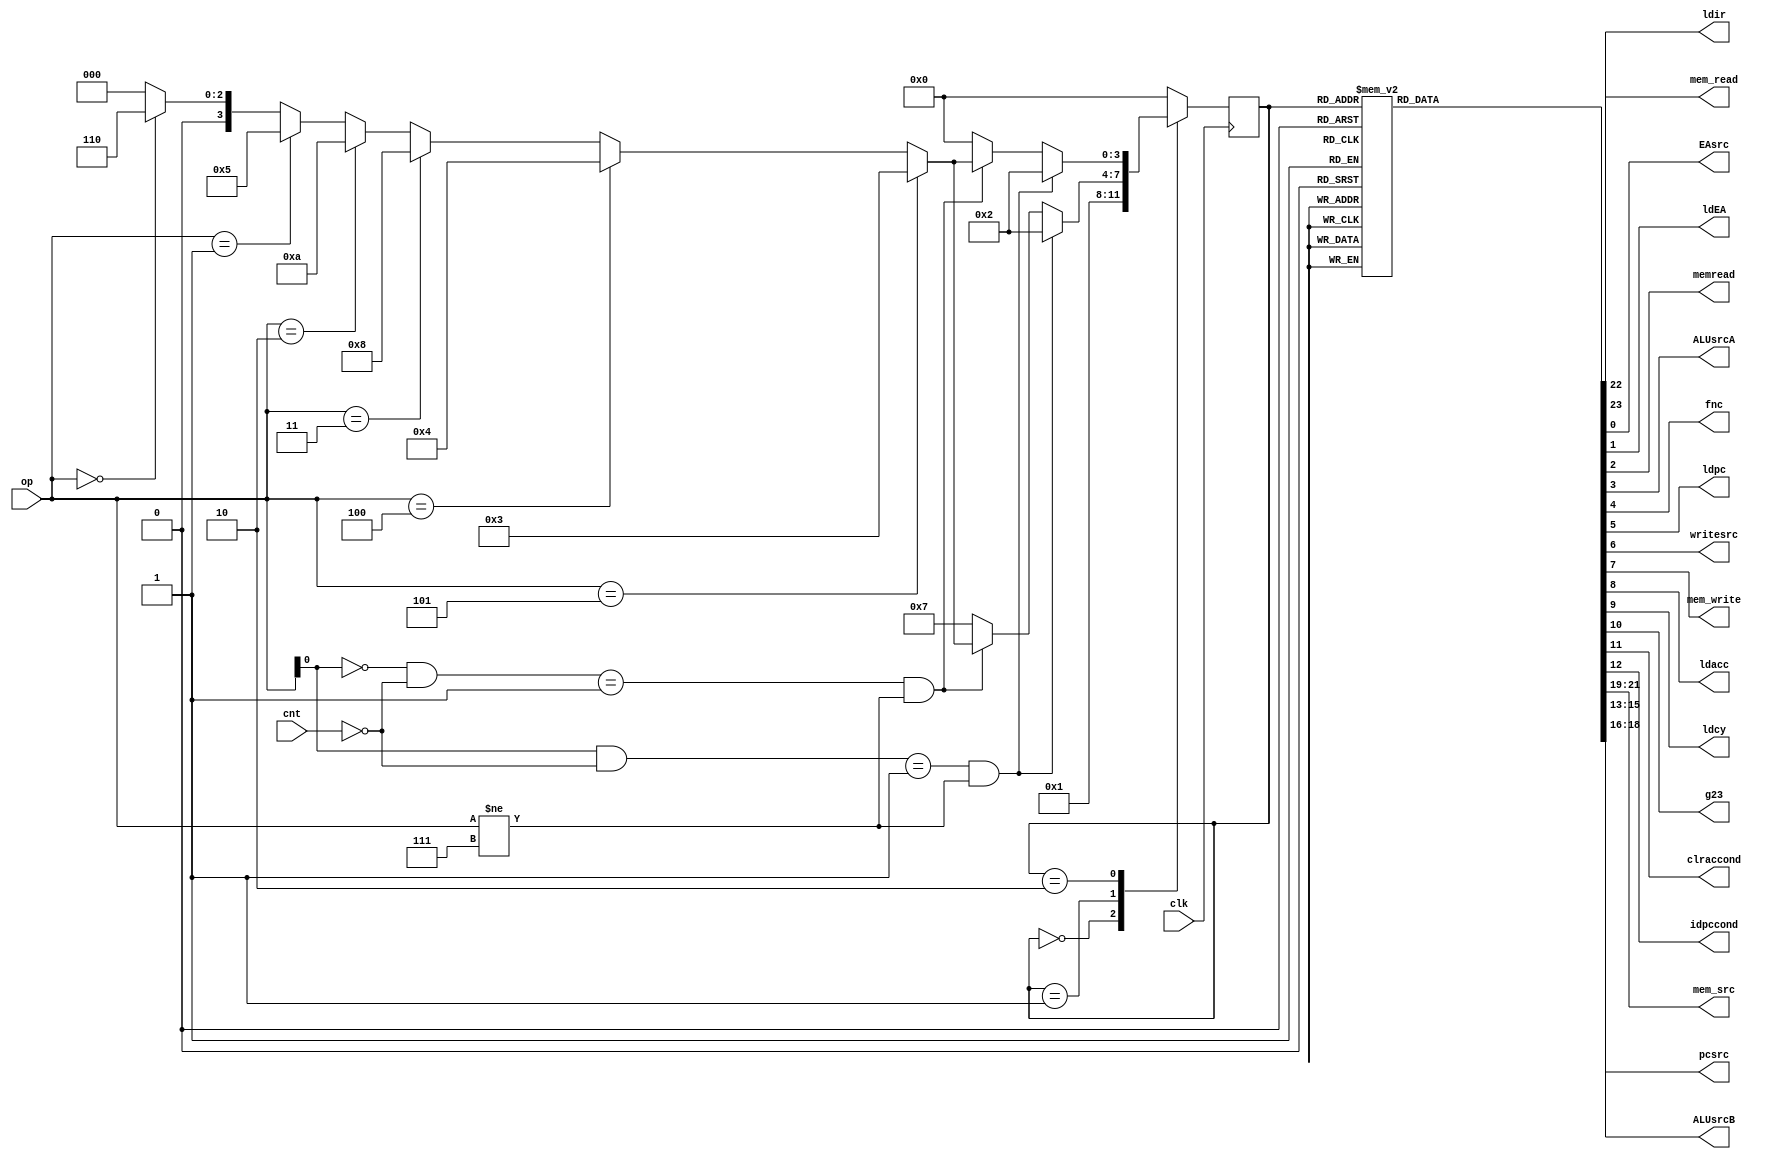
`timescale 1ns/1ns

module CU (input clk,cnt, input [2:0] op,output reg mem_read,ldir,EAsrc,ldEA,memread,ALUsrcA,fnc,ldpc,writesrc
		,mem_write,ldacc,ldcy,g23,clraccond,idpccond,output reg [2:0] mem_src,ALUsrcB,pcsrc=2'b00);
	reg [3:0] ps,ns=0;
	always@(ps, op) begin
		ns = 0;
		case(ps)
			0 : ns = 1;
			1 : if( (op[0] & (~cnt))==1 && op!=3'b111) ns = 2;
				else if( ((~op[0]) & ~cnt)==1 && op!=3'b111) begin
					if(op==3'b000)
						ns = 6;
					if(op==3'b001)
						ns=5;
					if(op==3'b010)
						ns=10;
					if(op==3'b011)
						ns=8;
					if(op==3'b100)
						ns=4;
					if(op==3'b101)
						ns=3;
				end
				else
					ns = 7;
			2 : if( (op[0] & (~cnt))==1 && op!=3'b111) ns = 2;
				else if( ((~op[0]) & ~cnt)==1 && op!=3'b111) begin
					if(op==3'b000)
						ns = 6;
					if(op==3'b001)
						ns=5;
					if(op==3'b010)
						ns=10;
					if(op==3'b011)
						ns=8;
					if(op==3'b100)
						ns=4;
					if(op==3'b101)
						ns=3;
				end
			3 : ns = 0;
			4 : ns = 0;
			5 : ns = 0;
			6 : ns = 0;
			7 : ns = 0;
			8 : ns = 0;
			9 : ns = 0;
			10 : ns = 0;
			11 : ns = 0;
			12 : ns = 0;

		endcase
	end
	always@(op,ps,clk)begin
		mem_src = 2'b00;
		ALUsrcB=2'b00;
		pcsrc=2'b00;
		mem_read=0;
		ldir = 0;
		EAsrc=0;
		ldEA=0;
		memread=0;
		ALUsrcA = 0;
		fnc=0;
		ldpc=0;
		writesrc=0;
		mem_write=0;
		ldacc=0;
		ldcy=0;
		g23=0;
		clraccond=0;
		idpccond=0;

		case (ps)
			0 : begin mem_src = 2'b00; mem_read=1; ldir = 1; end 		//fetch
	
			1 : begin mem_src=2'b10; EAsrc=1; ldEA=1; memread=1; ALUsrcA=1; ALUsrcB=2'b10; pcsrc=2'b01;
				ldpc=1; fnc=1; end 								//dicode

			2 : begin mem_src=2'b11; EAsrc=1; ldEA=1;memread=1; end  //LDA
			
			3 : begin pcsrc=2'b00; ldpc=1; mem_src=2'b01; writesrc=0; mem_write=1; end   //STA

			4 : begin pcsrc=2'b00; ldpc=1; end  //ADA

			5 : begin ALUsrcA=0; ALUsrcB=2'b00; ldacc=1; ldcy=1; fnc=1; end   //ANA	

			6 : begin ALUsrcA=0; ALUsrcB=2'b00; ldacc=1; fnc=0; end 			//MVR

			7 : begin ALUsrcA=1; ALUsrcB=2'b10; pcsrc=2'b01; fnc=1; g23=1; end  //ADR

			8 : begin ALUsrcA=0; ALUsrcB=2'b01; clraccond=1; fnc=1; end  //ANR

			9 : begin mem_src=2'b01; writesrc=1; mem_write=1; end  //ORR

			10 : begin mem_src=2'b01; mem_read=1; ALUsrcA=1; ALUsrcB=2'b10; fnc=1; end

			11 : begin ALUsrcA=1; ALUsrcB=2'b00; pcsrc=2'b10; idpccond=1; fnc=1;  end

			12 : begin mem_src = 2'b01; writesrc=1; mem_write=1;  end
		endcase
	end
	always@(posedge  clk)
		ps <= ns;

endmodule